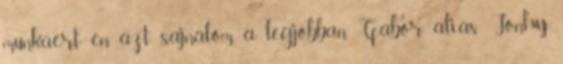
munkáért én azt sajnálom a legjobban Gábor alias Jonhy